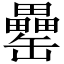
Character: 罍